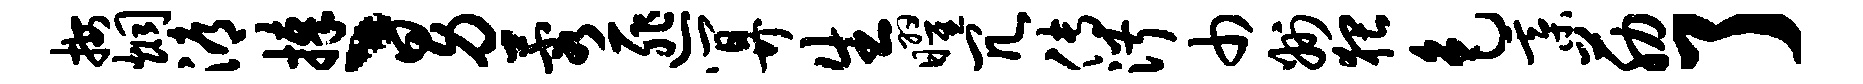
按炯溽捧丶男蓉匪算生曜冗传淑巾州猥色綦筋了